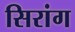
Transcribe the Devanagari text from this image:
सिरांग